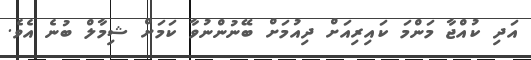
އަދި ކުއްޖާ މަންމަ ކައިރިއަށް ދިއުމަށް ބޭނުންނުވާ ކަމަށް ޝިމާލް ބުނެ އެވެ.